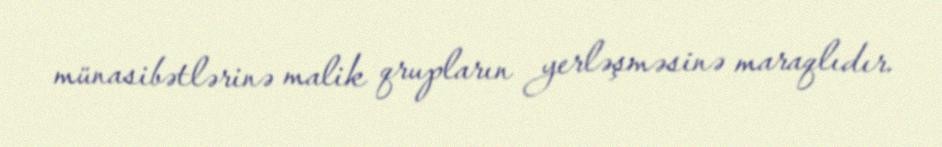
münasibətlərinə malik qrupların yerləşməsinə maraqlıdır.